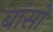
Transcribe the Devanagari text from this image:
बांसो